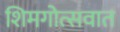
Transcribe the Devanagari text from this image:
शिमगोत्सवात